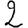
Digit: 2